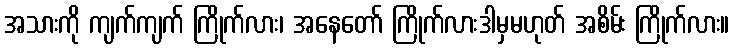
အသားကို ကျက်ကျက် ကြိုက်လား၊ အနေတော် ကြိုက်လားဒါမှမဟုတ် အစိမ်း ကြိုက်လား။